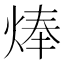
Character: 𤊡